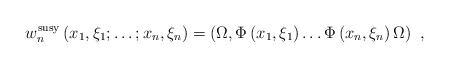
\begin{align*}w_n^{\rm susy}\left(x_1,\xi_1;\ldots;x_n,\xi_n\right) =\left(\Omega,\Phi \left(x_1,\xi_1\right) \ldots \Phi \left(x_n,\xi_n\right) \Omega\right)\,\,, \end{align*}